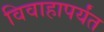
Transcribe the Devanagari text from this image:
विवाहापर्यंत